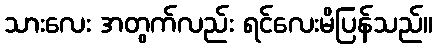
သားလေး အတွက်လည်း ရင်လေးမိပြန်သည်။